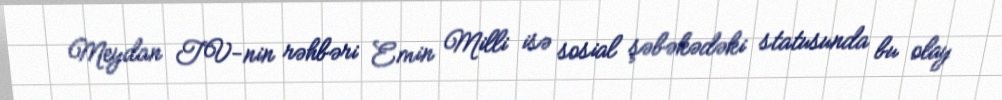
Meydan TV-nin rəhbəri Emin Milli isə sosial şəbəkədəki statusunda bu olay